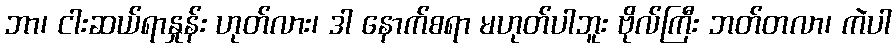
ဘာ၊ ငါးဆယ်ရာနှုန်း ဟုတ်လား၊ ဒါ နောက်စရာ မဟုတ်ပါဘူး ဗိုလ်ကြီး ဘတ်တလာ၊ ကဲပါ